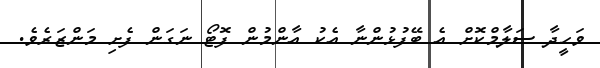
ވަހީދާ ސަލާމްކޮށް އެ ބޭފުޅުންނާ އެކު އާންމުން ފޮޓޯ ނަގަން ފެށި މަންޒަރެވެ.